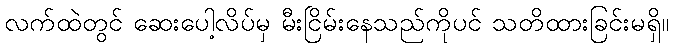
လက်ထဲတွင် ဆေးပေါ့လိပ်မှ မီးငြိမ်းနေသည်ကိုပင် သတိထားခြင်းမရှိ။